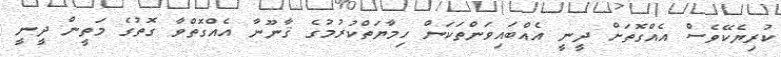
ކުރިޔެކޭވެސް އެއްގޮތަށް ދީނީ އެއްބައިވަންތަކަން ހިމާޔަތްކުރުމުގެ ޤާނޫނާ އެއްގޮތްވާ ގޮތުގެ މަތީން ދީނީ